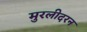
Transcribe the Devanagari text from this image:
मुरलीदरन